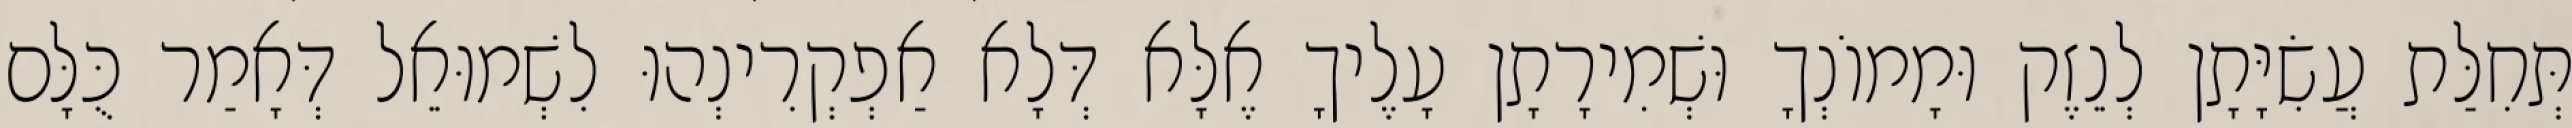
תְּחִלַּת עֲשִׂיָּתָן לְנֵזֶק וּמָמוֹנְךָ וּשְׁמִירָתָן עָלֶיךָ אֶלָּא דְּלָא אַפְקְרִינְהוּ לִשְׁמוּאֵל דְּאָמַר כֻּלָּם